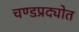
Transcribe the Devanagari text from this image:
चण्डप्रद्योत